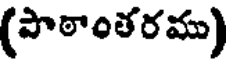
(పాఠాంతరము)